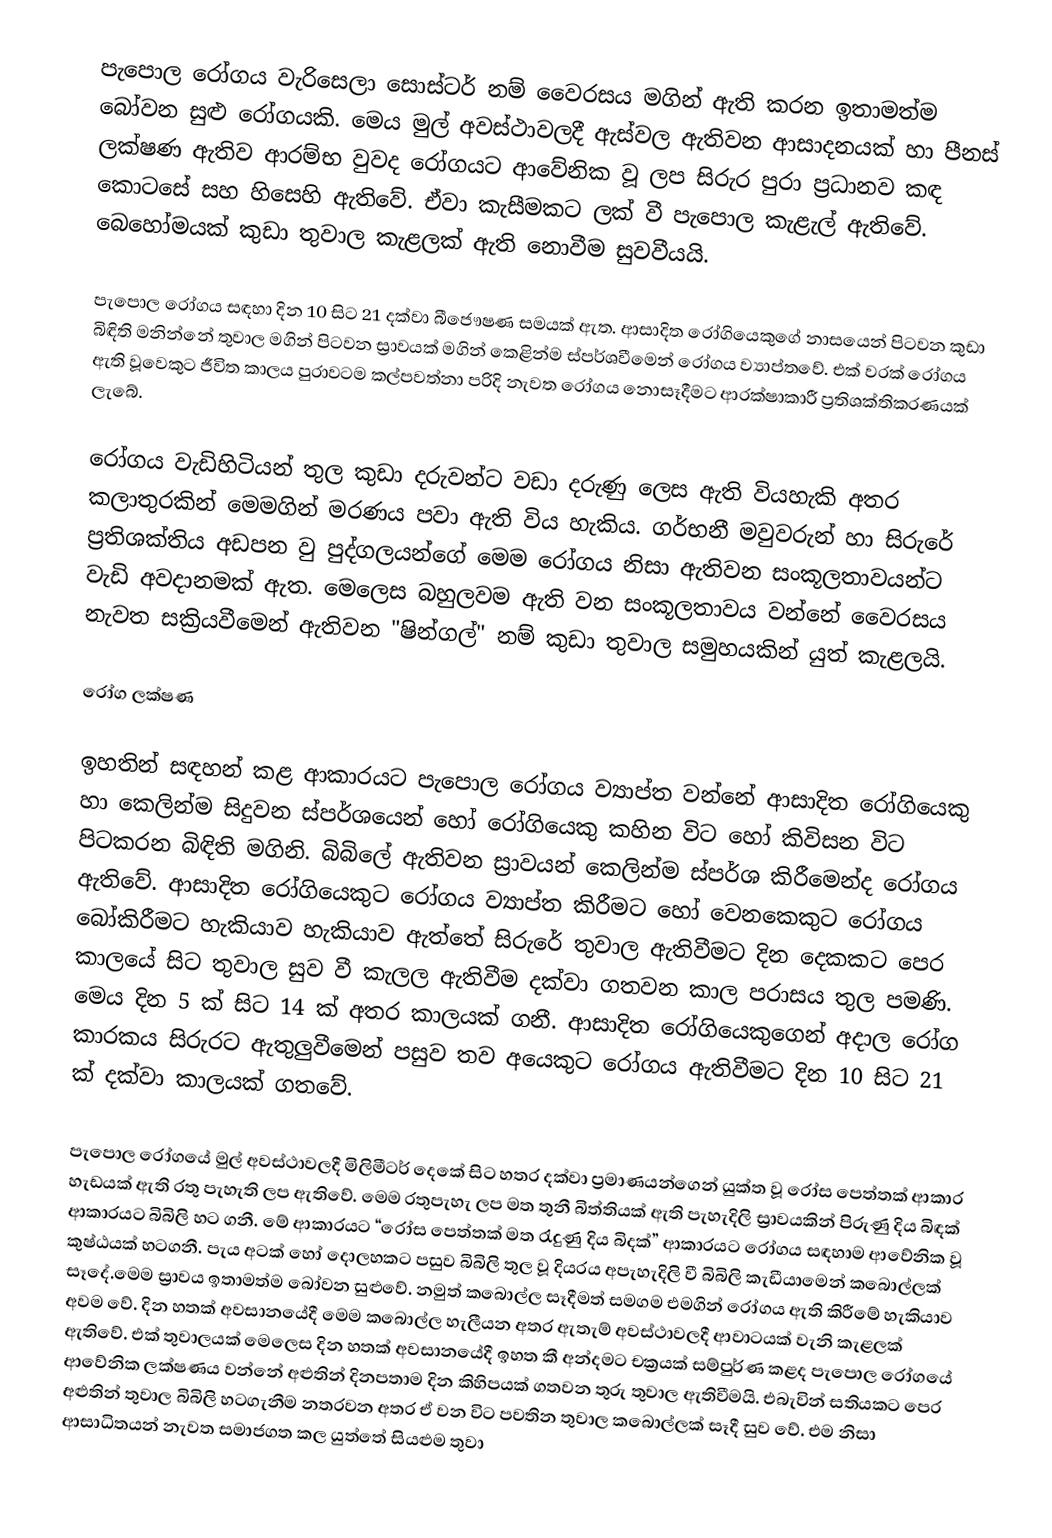
පැපොල රෝගය වැරිසෙලා සොස්ටර් නම් වෛරසය මගින් ඇති කරන ඉතාමත්ම බෝවන සුළු රෝගයකි. මෙය මුල් අවස්ථාවලදී ඇස්වල ඇතිවන ආසාදනයක් හා පීනස් ලක්ෂණ ඇතිව ආරම්භ වුවද රෝගයට ආවේනික වූ ලප සිරුර පුරා ප්‍රධානව කඳ කොටසේ සහ හිසෙහි ඇති‍වේ. ඒවා කැසීමකට ලක් වී පැපොල කැළැල් ඇති‍වේ. බෙහෝමයක් කුඩා තුවාල කැළලක් ඇති නොවීම සුවවීයයි.

පැපොල රෝගය සඳහා දින 10 සිට 21 දක්වා බීජෞෂණ සමයක් ඇත. ආසාදිත රෝගියෙකුගේ නාසයෙන් පිටවන කුඩා බිඳිති මනින්නේ තුවාල මගින් පිටවන ස්‍රාවයක් මගින් කෙළින්ම ස්පර්ශවීමෙන් රෝගය ව්‍යාප්තවේ. එක් වරක් රෝගය ඇති වූවෙකුට ජීවිත කාලය පුරාවටම කල්පවත්නා පරිදි නැවත රෝගය නොසෑදීමට ආරක්ෂාකාරී ප්‍රතිශක්තිකරණයක් ලැබේ.

රෝගය වැඩිහිටියන් තුල කුඩා දරුවන්ට වඩා දරුණු ලෙස ඇති වියහැකි අතර කලාතුරකින් මෙමගින් මරණය පවා ඇති විය හැකිය. ගර්භනී මවුවරුන් හා සිරුරේ ප්‍රතිශක්තිය අඩපන වු පුද්ගලයන්ගේ මෙම රෝගය නිසා ඇතිවන සංකූලතාවයන්ට වැඩි අවදානමක් ඇත. මෙලෙස බහුලවම ඇති වන සංකූලතාවය වන්නේ වෛරසය නැවත සක්‍රියවීමෙන් ඇතිවන "ෂින්ගල්" නම් කුඩා තුවාල සමුහයකින් යුත් කැළලයි.

රෝග ලක්ෂණ

ඉහතින් සඳහන් කළ ආකාරයට පැපොල රෝගය ව්‍යාප්ත වන්නේ ආසාදිත රෝගියෙකු හා කෙලින්ම සිදුවන ස්පර්ශයෙන් හෝ රෝගියෙකු කහින විට හෝ කිවිසන විට පිටකරන බිඳිති මගිනි. බිබිලේ ඇතිවන ස්‍රාවයන් කෙලින්ම ස්පර්ශ කිරීමෙන්ද රෝගය ඇතිවේ. ආසාදිත රෝගියෙකුට රෝගය ව්‍යාප්ත කිරීමට හෝ වෙනකෙකුට රෝගය බෝකිරීමට හැකියාව හැකියාව ඇත්තේ සිරුරේ තුවාල ඇතිවීමට දින දෙකකට පෙර කාලයේ සිට තුවාල සුව වී කැලල ඇතිවීම දක්වා ගතවන කාල පරාසය තුල පමණි. මෙය දින 5 ක් සිට 14 ක් අතර කාලයක් ගනී. ආසාදිත රෝගියෙකුගෙන් අදාල රෝග කාරකය සිරුරට ඇතුලුවීමෙන් පසුව තව අයෙකුට ‍රෝගය ඇතිවීමට දින 10 සිට 21 ක් දක්වා කාලයක් ගතවේ.

පැපොල රෝගයේ මුල් අවස්ථාවලදී මිලිමීටර් දෙකේ සිට හතර දක්වා ප්‍රමාණයන්ගෙන් යුක්ත වූ රෝස පෙත්තක් ආකාර හැඩයක් ඇති රතු පැහැති ලප ඇතිවේ. මෙම රතුපැහැ ලප මත තුනී බිත්තියක් ඇති පැහැදිලි ස්‍රාවයකින් පිරුණු දිය බිඳක් ආකාරයට බිබිලි හට ගනී. මේ ආකාරයට “රෝස පෙත්තක් මත රැදුණු දිය බිදක්” ආකාරයට රෝගය සඳහාම ආවේනික වූ කුෂ්ඨයක් හටගනී. පැය අටක් හෝ දොලහකට පසුව බිබිලි තුල වූ දියරය අපැහැදිලි වී බිබිලි කැඩීයාමෙන් කබොල්ලක් සෑදේ.මෙම ස්‍රාවය ඉතාමත්ම බෝවන සුළුවේ. නමුත් කබොල්ල සෑදීමත් සමගම එමගින් රෝගය ඇති කිරීමේ හැකියාව අවම වේ. දින හතක් අවසානයේදී මෙම කබොල්ල හැලීයන අතර ඇතැම් අවස්ථාවලදී ආවාටයක් වැනි කැළලක් ඇතිවේ. එක් තුවාලයක් මෙලෙස දින හතක් අවසානයේදී ඉහත කී අන්දමට චක්‍රයක් සම්පුර්ණ කළද පැපොල රෝගයේ ආවේනික ලක්ෂණය වන්නේ අළුතින් දිනපතාම දින කිහිපයක් ගතවන තුරු තුවාල ඇතිවීමයි. එබැවින් සතියකට පෙර අළුතින් තුවාල බිබිලි හටගැනීම නතරවන අතර ඒ වන විට පවතින තුවාල කබොල්ලක් සෑදී සුව වේ. එම නිසා ආසාධිතයන් නැවත සමාජගත කල යුත්තේ සියළුම තුවා